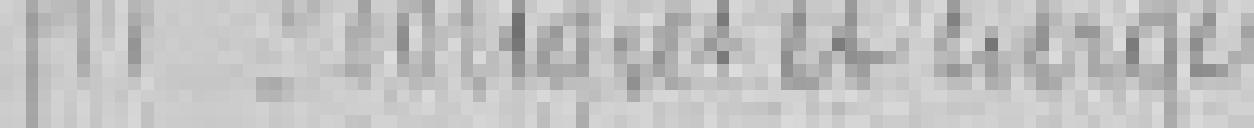
11. Bougies et cierges